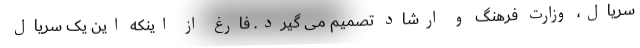
سریال، وزارت فرهنگ و ارشاد تصمیم می گیرد. فارغ از اینکه این یک سریال